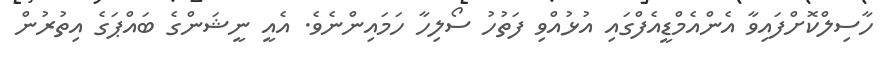
ހާސިލްކޮށްފައިވާ އެންއެމްޑީއެފްގައި އުޅުއްވި ފަތުހު ސޯލިހާ ހަަމައިންނެވެ. އެއީ ނީޝަންގެ ބައްޕަގެ އިތުރުން